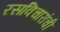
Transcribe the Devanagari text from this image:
रसविचारांची